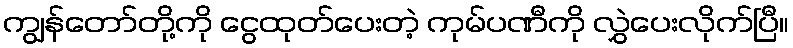
ကျွန်တော်တို့ကို ငွေထုတ်ပေးတဲ့ ကုမ်ပဏီကို လွှဲပေးလိုက်ပြီ။